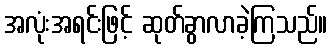
အလုံးအရင်းဖြင့် ဆုတ်ခွာလာခဲ့ကြသည်။